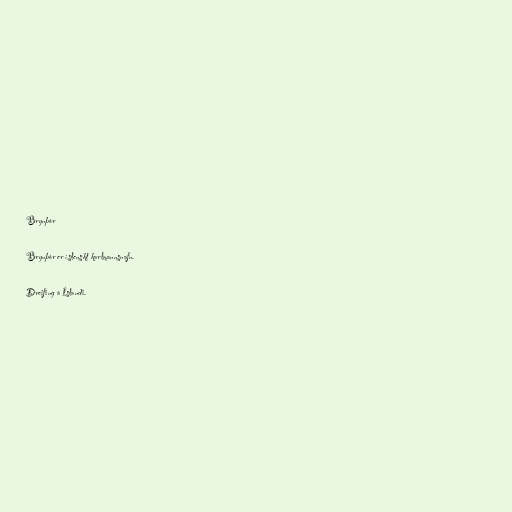
Brynþór

Brynþór er íslenskt karlmannsnafn.

Dreifing á Íslandi.